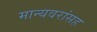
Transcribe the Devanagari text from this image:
मान्यवरांसह